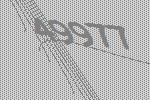
49977